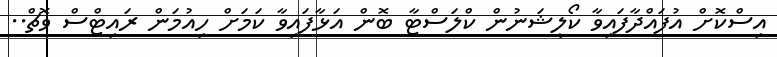
އިސްކޮށް އުފައްދާފައިވާ ކޯލީޝަނުން ކްލަސްޓާ ބޮން އަޅާފައިވާ ކަަމަށް ހިއުމަން ރައިޓްސް ވޮޗް..